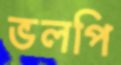
ভলপি